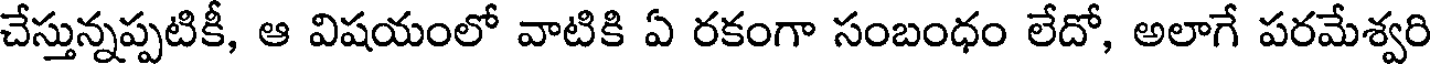
చేస్తున్నప్పటికీ, ఆ విషయంలో వాటికి ఏ రకంగా సంబంధం లేదో, అలాగే పరమేశ్వరి